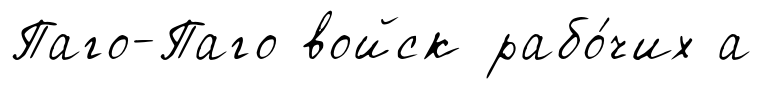
Паго-Паго войск рабо́чих а